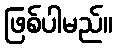
ဖြစ်ပါမည်။